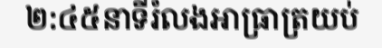
២:៤៥នាទីរំលងអាធ្រាត្រយប់